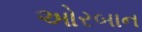
ઓરબાન